Indian journal of veterinary science and animal husbandry - Volumes 24-25, 1954-1955
Year: 1954
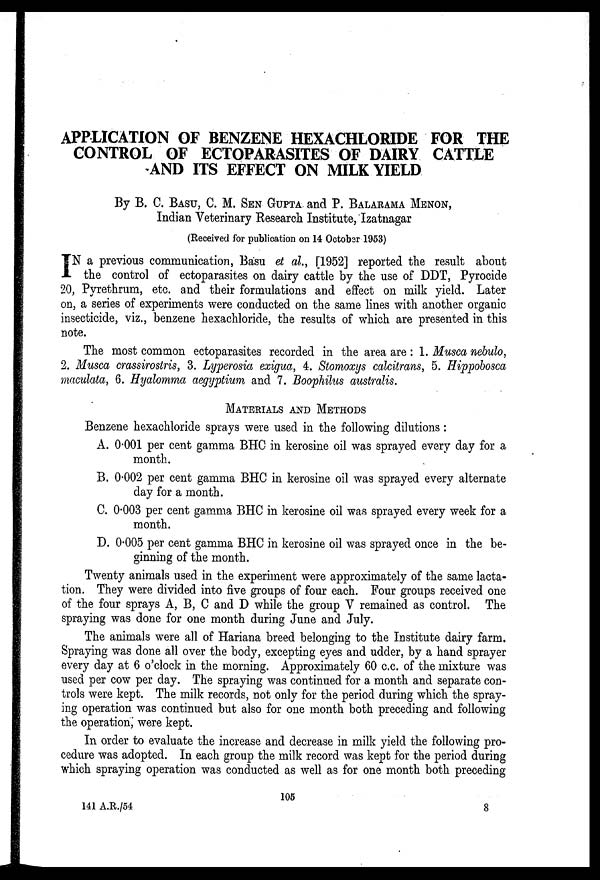
APPLICATION OF BENZENE HEXACHLORIDE FOR THE
CONTROL OF ECTOPARASITES OF DAIRY CATTLE
AND ITS EFFECT ON MILK YIELD
By B. C. BASU, C. M. SEN GUPTA and P. BALARAMA MENON,
Indian Veterinary Research Institute, Izatnagar
(Received for publication on 14 October 1953)
I N a previous communication, Basu et al., [1952] reported the result about
the control of ectoparasites on dairy cattle by the use of DDT, Pyrocide
20, Pyrethrum, etc. and their formulations and effect on milk yield. Later
on, a series of experiments were conducted on the same lines with another organic
insecticide, viz., benzene hexachloride, the results of which are presented in this
note.
The most common ectoparasites recorded in the area are : 1. Musca nebulo,
2. Musca crassirostris, 3. Lyperosia exigua, 4. Stomoxys calcitrans, 5. Hippobosca
maculata, 6. Hyalomma aegyptium and 7. Boophilus australis.
MATERIALS AND METHODS
Benzene hexachloride sprays were used in the following dilutions :
A. 0.001 per cent gamma BHC in kerosine oil was sprayed every day for a
month.
B. 0.002 per cent gamma BHC in kerosine oil was sprayed every alternate
day for a month.
C. 0.003 per cent gamma BHC in kerosine oil was sprayed every week for a
month.
D. 0.005 per cent gamma BHC in kerosine oil was sprayed once in the be-
ginning of the month.
Twenty animals used in the experiment were approximately of the same lacta-
tion. They were divided into five groups of four each. Four groups received one
of the four sprays A, B, C and D while the group V remained as control. The
spraying was done for one month during June and July.
The animals were all of Hariana breed belonging to the Institute dairy farm.
Spraying was done all over the body, excepting eyes and udder, by a hand sprayer
every day at 6 o'clock in the morning. Approximately 60 c.c. of the mixture was
used per cow per day. The spraying was continued for a month and separate con-
trols were kept. The milk records, not only for the period during which the spray-
ing operation was continued but also for one month both preceding and following
the operation, were kept.
In order to evaluate the increase and decrease in milk yield the following pro-
cedure was adopted. In each group the milk record was kept for the period during
which spraying operation was conducted as well as for one month both preceding
105
141 A.R./54
8